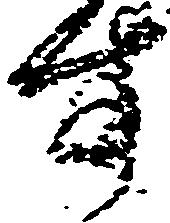
す